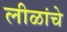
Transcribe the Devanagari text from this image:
लीळांचे